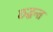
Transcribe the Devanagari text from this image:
छ्द्धन्त